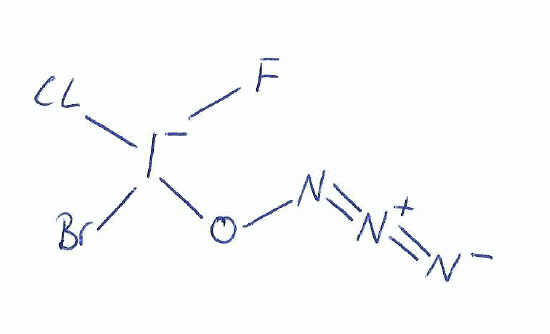
Simplified molecular-input line-entry system (SMILES) notation of the given molecule:
[N-]=[N+]=NO[I-](F)(Cl)Br